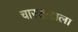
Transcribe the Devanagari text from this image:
चारखंडाला